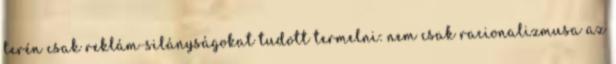
terén csak reklám-silányságokat tudott termelni: nem csak racionalizmusa az